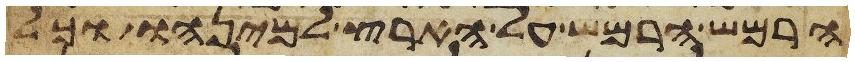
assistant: הרמש הרמש על הארץ למינהו וכל